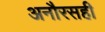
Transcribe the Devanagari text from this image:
अनौरसही